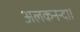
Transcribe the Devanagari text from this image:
अलकनन्दा।